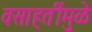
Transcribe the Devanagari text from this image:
वसाहतींमुळे